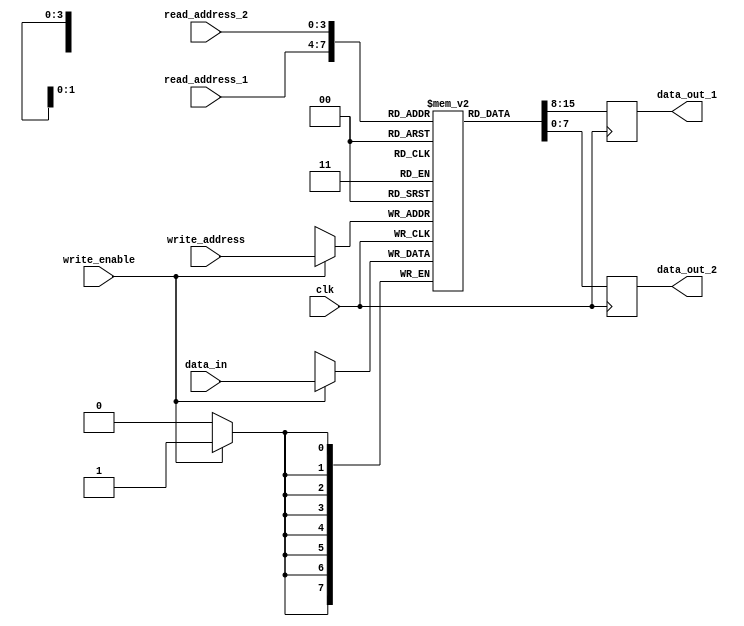
module register_file (
    input wire [3:0] read_address_1,
    input wire [3:0] read_address_2,
    input wire [3:0] write_address,
    input wire write_enable,
    input wire clk,
    input wire [7:0] data_in,
    output reg [7:0] data_out_1,
    output reg [7:0] data_out_2
);

reg [7:0] registers [15:0];

always @(posedge clk) begin
    if (write_enable) begin
        registers[write_address] <= data_in;
    end
    data_out_1 <= registers[read_address_1];
    data_out_2 <= registers[read_address_2];
end

endmodule